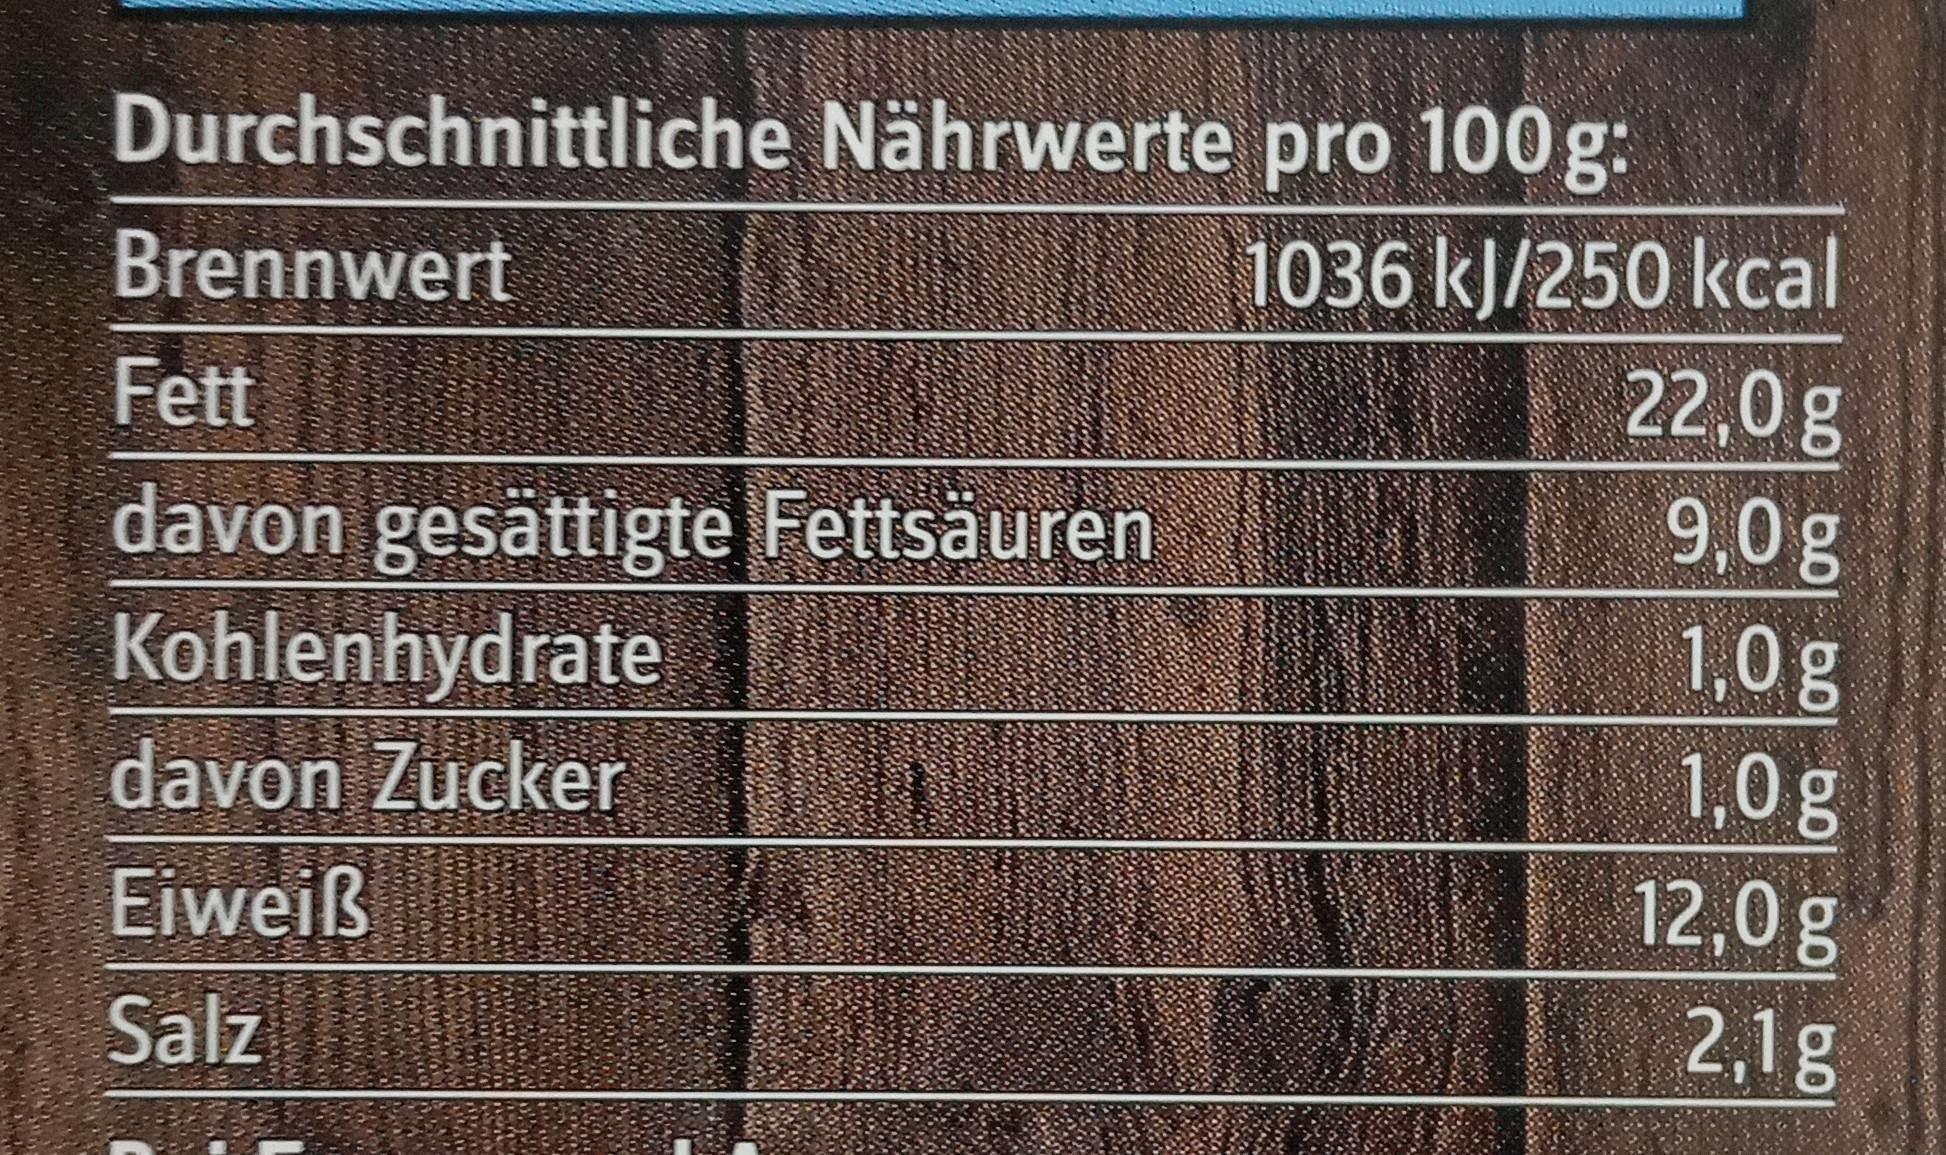
Durchschnittliche Nährwerte pro 100 g:
Brennwert
1036 kJ/250 kcal
Fett
22,0g
davon gesättigte Fettsäuren Kohlenhydrate davon Zucker Eiweiß
9,0g
1,0g 1,0 g 12,0g
Salz
2,1g